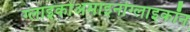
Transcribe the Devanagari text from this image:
ग्लाइकोअमाइनोग्लाइकॉन